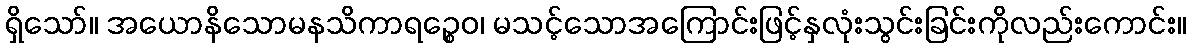
ရှိသော်။ အယောနိသောမနသိကာရဉ္စေဝ၊ မသင့်သောအကြောင်းဖြင့်နှလုံးသွင်းခြင်းကိုလည်းကောင်း။